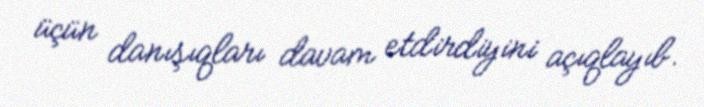
üçün danışıqları davam etdirdiyini açıqlayıb.